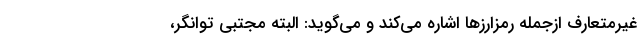
غيرمتعارف ازجمله رمزارزها اشاره می‌كند و می‌گويد: البته مجتبي توانگر،